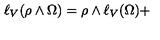
\ell _ { V } ( \rho \wedge \Omega ) = \rho \wedge \ell _ { V } ( \Omega ) +